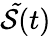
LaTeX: {\cal\tilde{S}}(t)